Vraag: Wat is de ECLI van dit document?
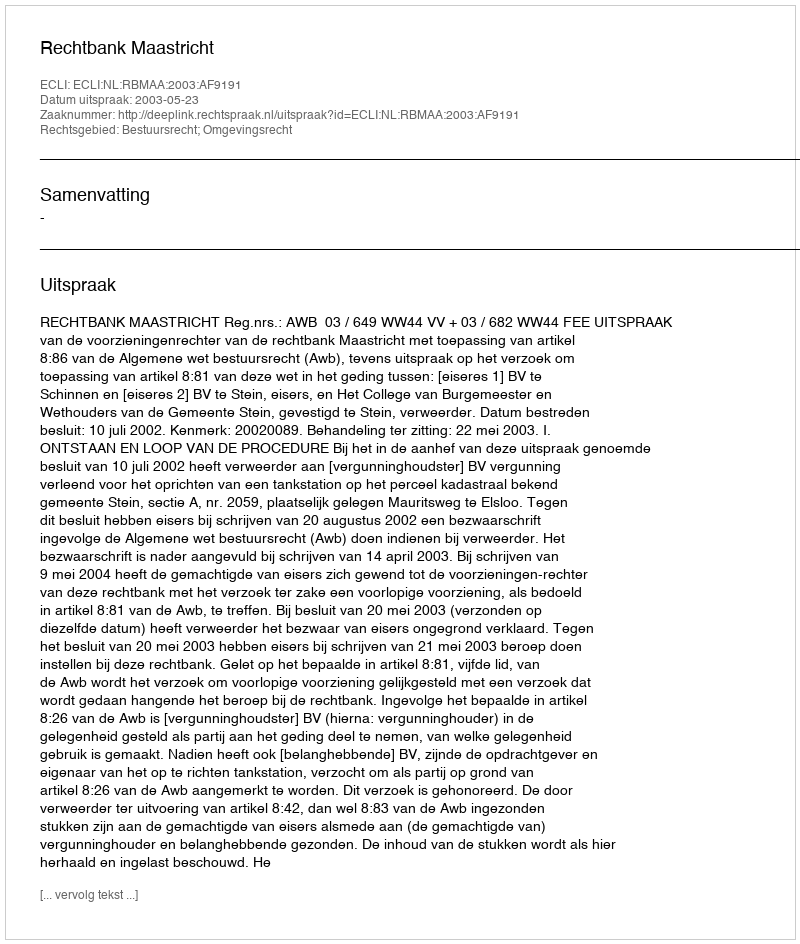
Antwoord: ECLI:NL:RBMAA:2003:AF9191